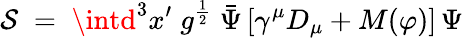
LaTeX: \mathcal{S}\; =\; \intd^{3}x^{\prime}\; g^{\frac{{1}}{{2}}}\; {\bar{{\Psi}}}\, [\gamma^{\mu}D_{\mu}+M(\varphi)]\, \Psi